Martna_vallavalitsus, lk 21
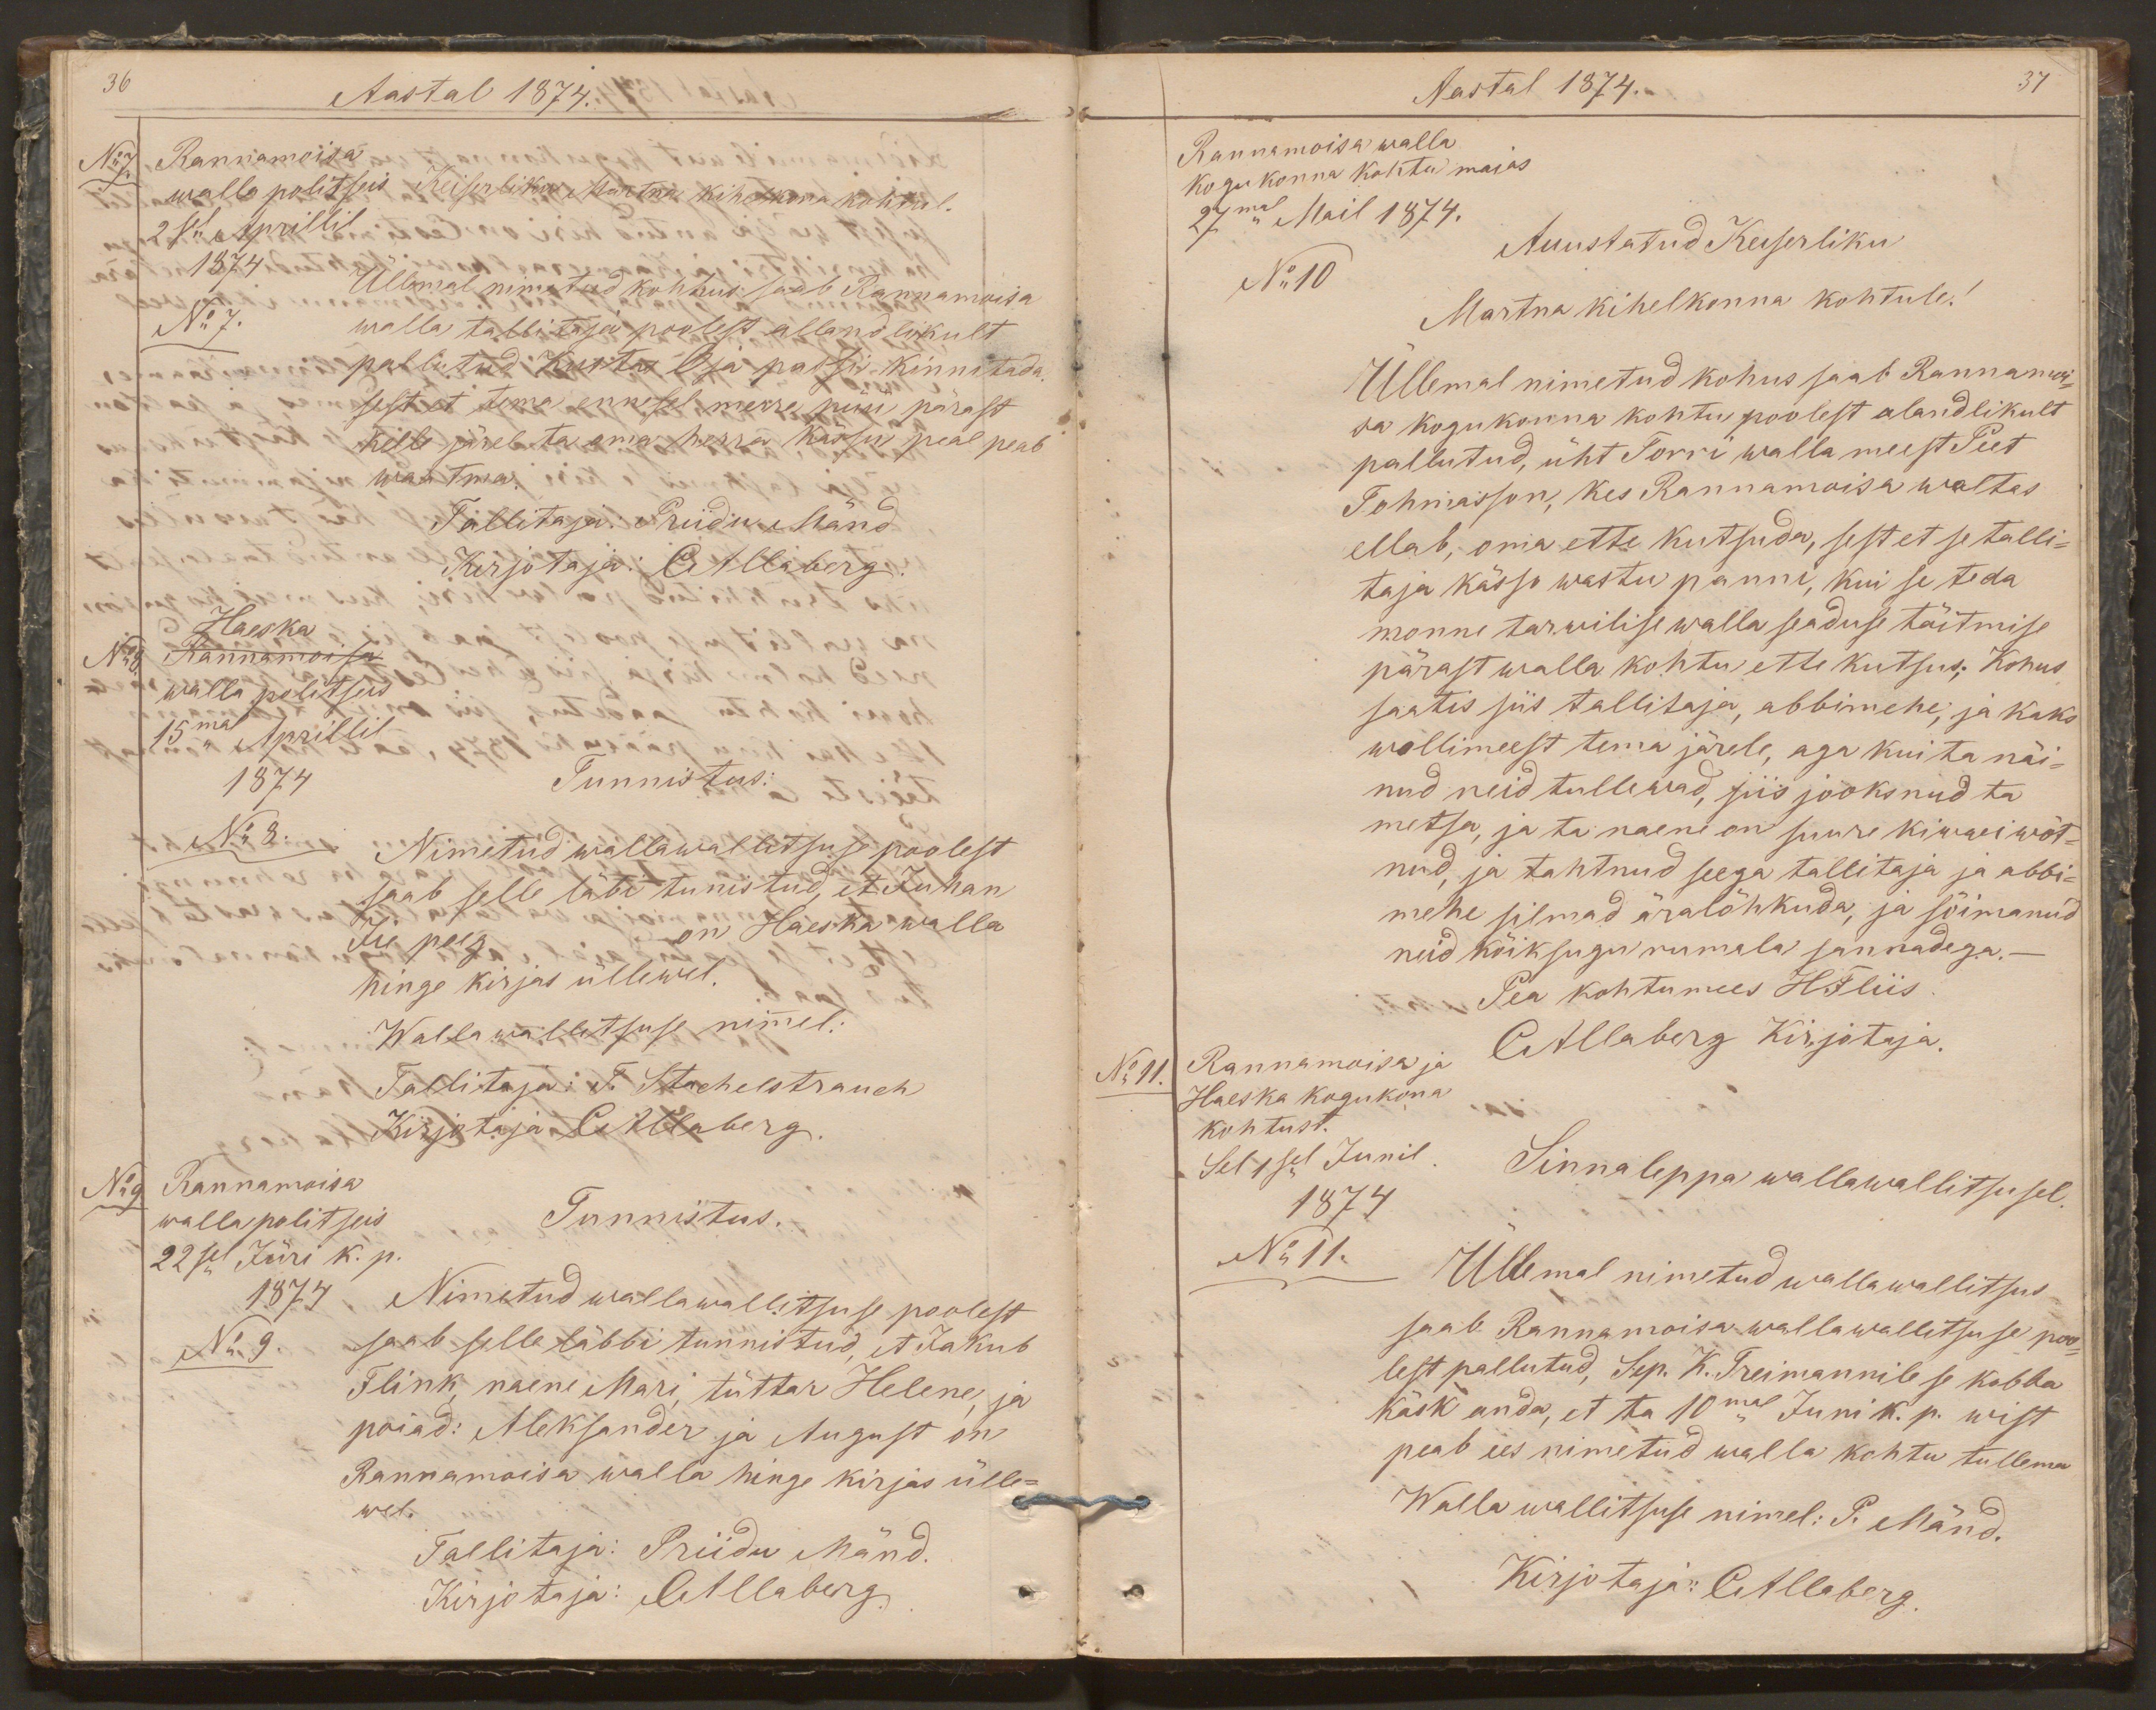
36
Aastal 1874.
Rannamoisa
No 7.
walla politseis
Keiserliku Martna kihelkona kohtul.
2sel Aprillil
1874
Üllemal nimetud kohhus saab Rannamoisa
walla tallitaja poolest allandlikult
No 7.
pallutud Kustas Oja passi kinnitada.
sest et tema ennesel merre püü pärast
kelle järel ta oma herra kässu peal peab
waatma.
Tallitaja: Priidu Mänd
Kirjotaja: CAllaberg.
Haeska.
No8
Rannamoisa
walla politseis
15mal Aprillil
1874
Tunnistus:
No 8.
Nimetud wallawallitsuse poolest
saab selle läbi tunistud, et Juhan
Jü poeg on Haeska walla
hinge kirjas üllewel.
Wallawallitsuse nimmel:
Tallitaja: T. Stachelstrauch
Kirjotaja CAllaberg.
No 9
Rannamoisa
walla politseis
Tunnistus.
22sel Jüri k. p.
1874
Nimetud wallawallitsuse poolest
No 9.
saab selle läbbi tunnistud, et Jakub
Flink, naene Mari, tüttar Helene, ja
poiad: Aleksander ja August on
Rannamoisa walla hinge kirjas ülle-
wel.
Tallitaja: Priidu Mänd.
Kirjotaja: CAllaberg.

Aastal 1874.
37
Rannamoisa walla
kogukonna kohtu maias
27mal Mail 1874.
Auustatud Keiserliku
No10
Martna kihelkonna kohtule!
Üllemal nimetud kohus saab Rannamoi-
sa kogukonna kohtu poolest alandlikult
pallutud, üht Torri walla meest Peet
Tohmasson, kes Rannamoisa waltas
ellab, oma ette kutsuda, sest et se talli-
taja kässo wastu panni, kui se teda
monne tarwilise walla seaduse täitmise
pärast walla kohtu ette kutsus; Kohus
saatis siis tallitaja, abbimehe, ja kaks
wollimeest tema järele, aga kui ta näi-
nud neid tullewad, siis jooksnud ta
metsa, ja ta naene on suure kiwwi wõt-
nud, ja tahtnud seega tallitaja ja abbi-
mehe silmad äralõhkuda, ja sõimanud
neid kõiksugu rumala sannadega.-
Pea kohtumees HFliis
CAllaberg Kirjotaja.
No 11.
Rannamoisa ja
Haeska kogukona
kohtust.
Sel 1sel Junil
1874
Sinnaleppa wallawallitsusel.
No 11.
Üllemal nimetud wallawallitsus
saab Rannamoisa wallawallitsuse poo-
lest pallutud, Sep. K. Treimannile se kobba
käsk anda, et ta 10mal Juni k. p. wist
peab ees nimetud walla kohtu tullemad
Walla wallitsuse nimel: P. Mänd.
Kirjotaja: CAllaberg.